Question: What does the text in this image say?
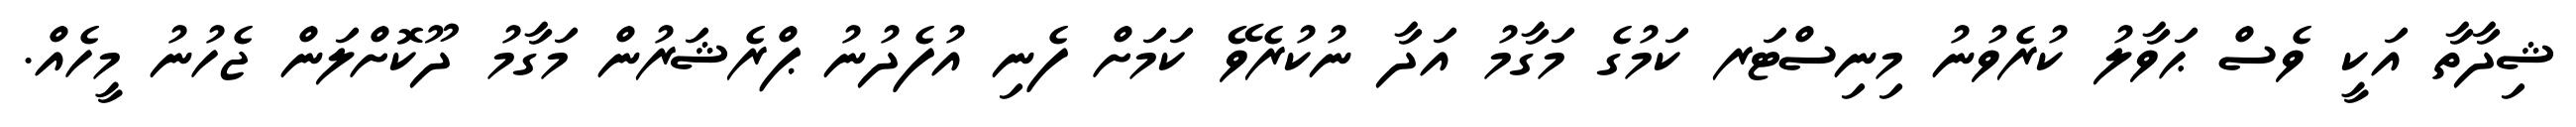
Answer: ޝިދާތާ އަކީ ވެސް ޙަވާލު ކުރެވުނު މިނިސްޓަރ ކަމުގެ މަގާމު އަދާ ނުކުރެވޭ ކަމަށް ފެނި އުފެދުނު ޕްރެޝަރުން މަގާމު ދޫކޮށްލަން ޖެހުނު މީހެއް.